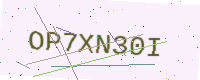
Text: OP7XN30I